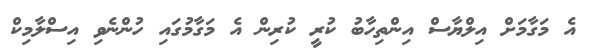
އެ މަގާމަށް އިލްޔާސް އިންތިހާބު ކުރީ ކުރިން އެ މަގާމުގައި ހުންނެވި އިސްލާމިކް